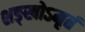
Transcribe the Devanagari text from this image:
शङ्खोऽमृतं